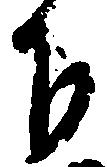
下